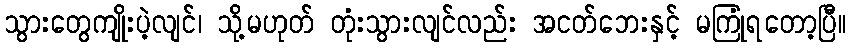
သွားတွေကျိုးပဲ့လျင်၊ သို့မဟုတ် တုံးသွားလျင်လည်း အငတ်ဘေးနှင့် မကြုံရတော့ပြီ။